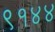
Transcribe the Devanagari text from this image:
९१४४